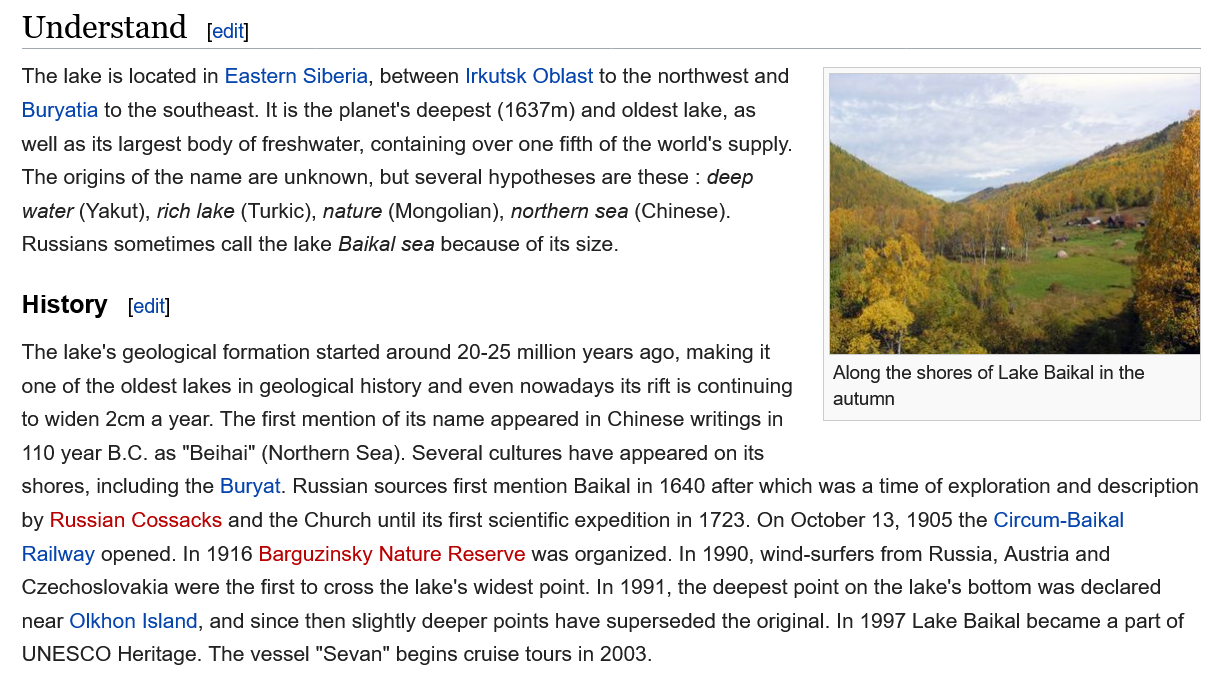
Understand
   History   edit]
   The lake is located in Eastern Siberia, between Irkutsk Oblast to the northwest and
   Buryatia to the southeast. It is the planet's deepest (1637m) and oldest lake, as
   well as its largest body of freshwater, containing over one fifth of the world's supply.
   The origins of the name are unknown, but several hypotheses are these : deep
   water (Yakut), rich lake (Turkic), nature (Mongolian), northern sea (Chinese).
   Russians sometimes call the lake Baikal sea because of its size.
   The lake's geological formation started around 20-25 million years ago, making it
  a
     Se
  ea
     Along the shores of Lake Baikal in the
   one of the oldest lakes in geological history and even nowadays its rift is continuing
     aren
   to widen 2cm
  a
     year. The first mention of its name appeared in Chinese writings in
   110 year B.C. as "Beihai" (Northern Sea). Several cultures have appeared on its
   shores, including the Buryat. Russian sources first mention Baikal in 1640 after which was a time of exploration and description
   by Russian Cossacks and the Church until its first scientific expedition in 1723. On October 13, 1905 the Circum-Baikal
   Railway opened. In 1916 Barguzinsky Nature Reserve was organized. In 1990, wind-surfers from Russia, Austria and
   Czechoslovakia were the first to cross the lake's widest point. In 1991, the deepest point on the lake's bottom was declared
   near Olkhon Island, and since then slightly deeper points have superseded the original. In 1997 Lake Baikal became a part of
   UNESCO Heritage. The vessel "Sevan" begins cruise tours in 2003.
     Along the shores of Lake Baikal in the
     autumn